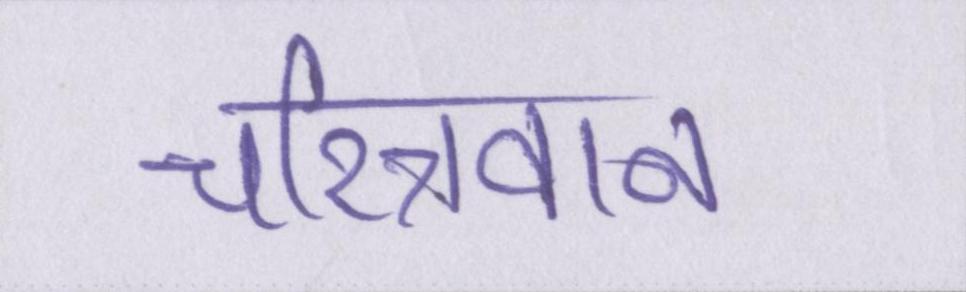
चरित्रवान